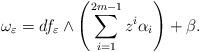
LaTeX: \begin{align*}\omega_\varepsilon = d f_\varepsilon \wedge \left ( \sum \limits_{i = 1}^{2m-1} z^i \alpha_ i \right ) + \beta.\end{align*}